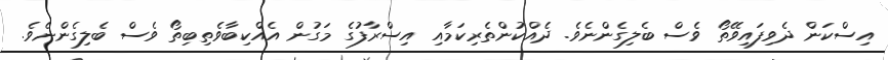
އިސްކަން ދެވިފައިވޭތޯ ވެސް ބެލިގެންނެވެ. ދެއްކުންތެރިކަމާއި އިސްރާފުގެ މަގުން އެއްކިބާވެތިބިތޯ ވެސް ބެލިގެންނެވެ.